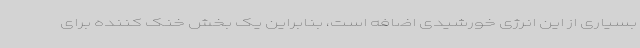
بسیاری از این انرژی خورشیدی اضافه است، بنابراین یک بخش خنک کننده برای